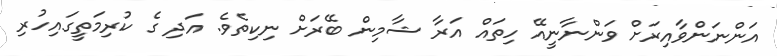
އަންނަންވާއިރަށް ވަންނާނީއޭ ހިތައް އަރާ ޝާމިން ބޭރަށް ނިކިތެވެ. އަދި ގެ ކުރިމަތީގައިހުރި